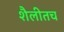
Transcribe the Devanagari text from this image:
शैलीतच